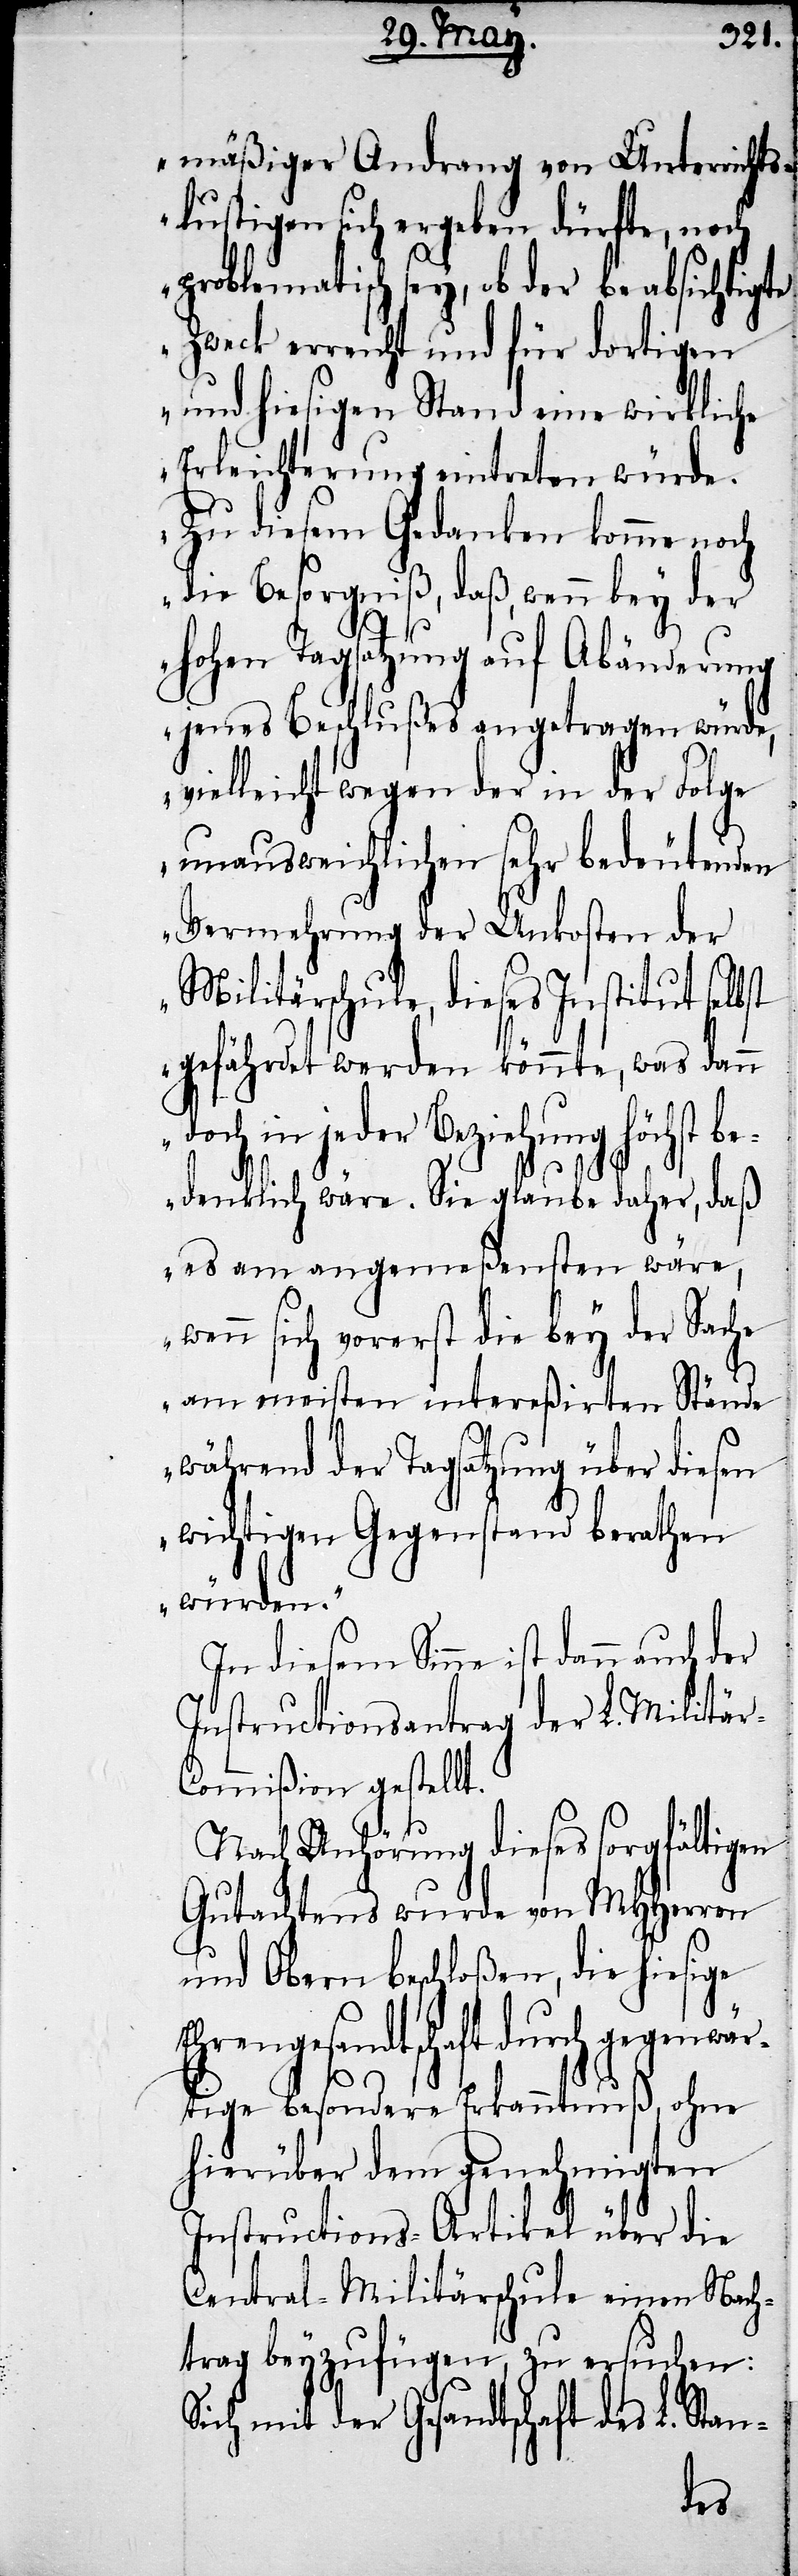
mäßiger Andrang von Unterrichts¬
lustigen sich ergeben dürfte, noch
problematisch sey, ob der beabsichtigte
Zweck erreicht und für dortigen
und hiesigen Stand eine wirkliche
Erleichterung eintreten würde.
Zu diesem Gedanken komme noch
die Besorgniß, daß, wenn bey der
hohen Tagsatzung auf Abänderung
jenes Beschlußes angetragen würde,
vielleicht wegen der in der Folge
unausweichlichen sehr bedeutenden
Vermehrung der Unkosten der
Militärschule, dieses Institut selbst
gefährdet werden könnte, was dann
in jeder Beziehung höchst b¬
edenklich wäre. Sie glaube daher, daß
es am angemeßensten wäre,
wenn sich vorerst die bey der Sache
am meisten intereßirten Stände
währed der Tagsatzung über diesen
wichtigen Gegenstand berathen
würden.“
In diesem Sinne ist dann auch der
Instrucitonsantrag der L. Militär-C¬
ommißion gestellt.
Nach Anhörung dieses sorgfältigen
Gutachtens wurde von MHHerren
und Obern beschloßen, die hiesige
Ehrengesandtschaft durch gegenwä¬
rtige besondere Erkanntnuß, ohne
hierüber dem genehmigten
Instructions-Artikel über die
Central-Militärschule einen Nach¬
trag beyzufügen, zu ersuchen:
Sich mit der Gesandtschaft des L. Stan-